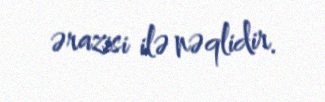
ərazisi ilə nəqlidir.